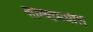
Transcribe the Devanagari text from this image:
काव्यामधील